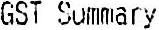
GST SUMMARY